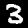
Label: 3